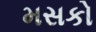
મસકો